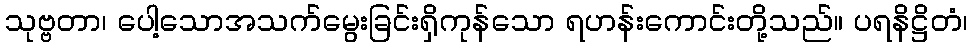
သုဗ္ဗတာ၊ ပေါ့သောအသက်မွေးခြင်းရှိကုန်သော ရဟန်းကောင်းတို့သည်။ ပရနိဋ္ဌိတံ၊